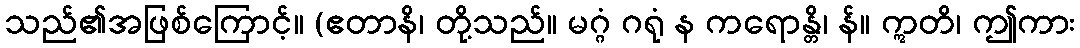
သည်၏အဖြစ်ကြောင့်။ (ဧတာနိ၊ တို့သည်။ မဂ္ဂံ ဂရုံ န ကရောန္တိ၊ န်။ ဣတိ၊ ဤကား